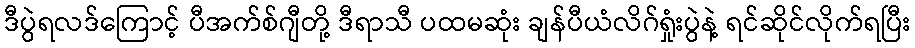
ဒီပွဲရလဒ်ကြောင့် ပီအက်စ်ဂျီတို့ ဒီရာသီ ပထမဆုံး ချန်ပီယံလိဂ်ရှုံးပွဲနဲ့ ရင်ဆိုင်လိုက်ရပြီး